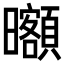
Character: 𣌔